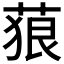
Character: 𦴭